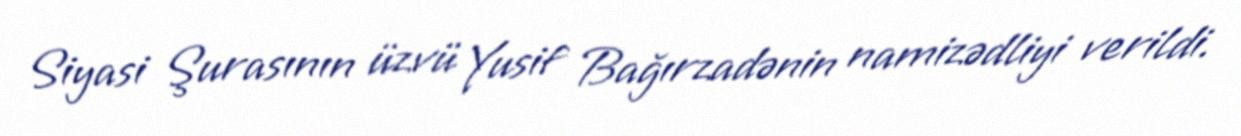
Siyasi Şurasının üzvü Yusif Bağırzadənin namizədliyi verildi.